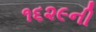
૧૬૨૯ની